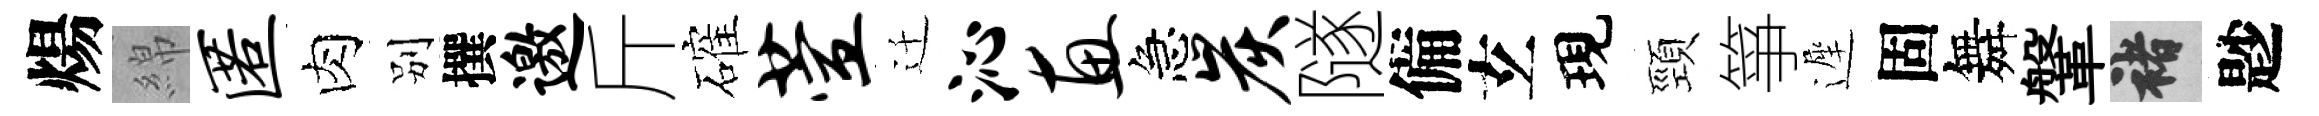
煬綿匿肉别撰邀斤確萱迁沁惠急炭隧備𤣥現頸箏遲固舞鞶褚尟